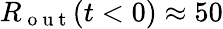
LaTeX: R_{\mathrm{~o~u~t~}}(t<0)\approx 50